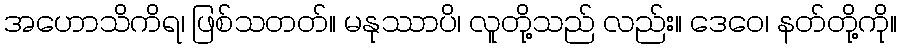
အဟောသိကိရ၊ ဖြစ်သတတ်။ မနုဿာပိ၊ လူတို့သည် လည်း။ ဒေဝေ၊ နတ်တို့ကို။